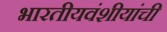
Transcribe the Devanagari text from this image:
भारतीयवंशीयांची